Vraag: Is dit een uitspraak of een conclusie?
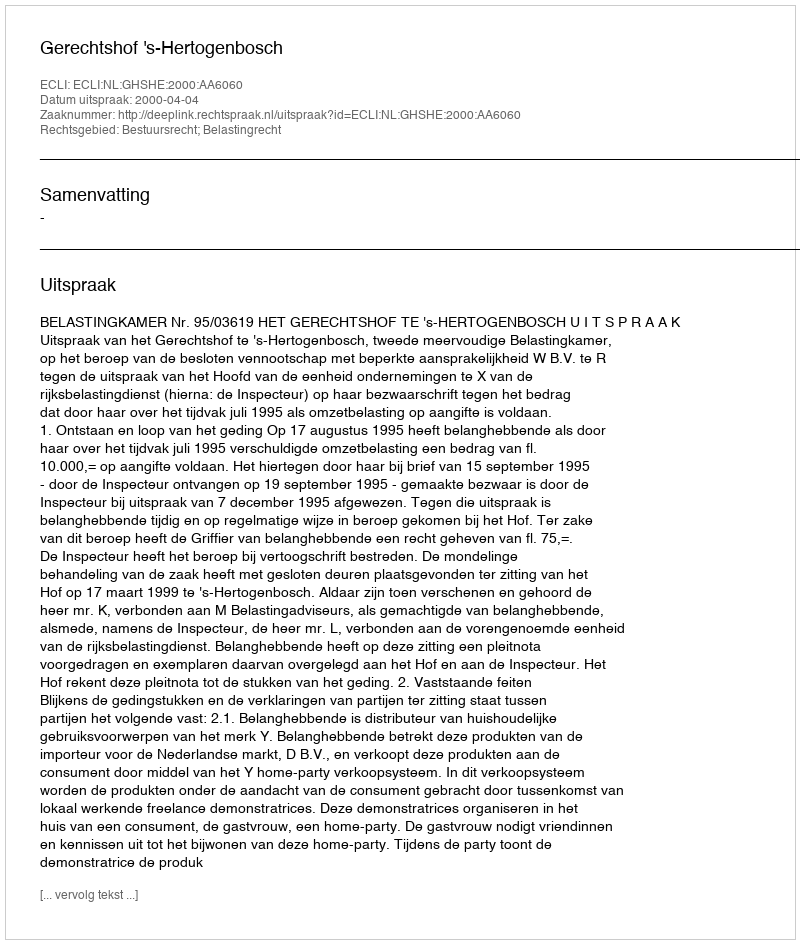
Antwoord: Uitspraak